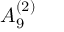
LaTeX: { A } _ { 9 } ^ { ( 2 ) }